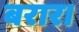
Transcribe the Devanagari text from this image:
बरार।